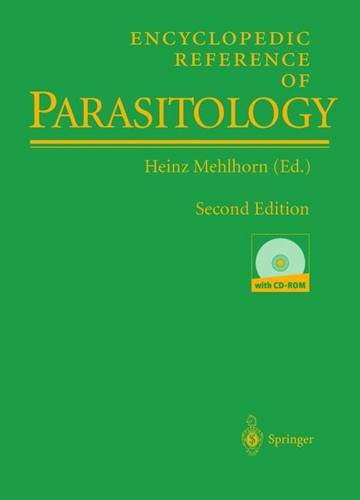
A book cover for Encyclopedic Reference of Parasitology: Biology, Structure, Function / Diseases, Treatment, Therapy; Medical Books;